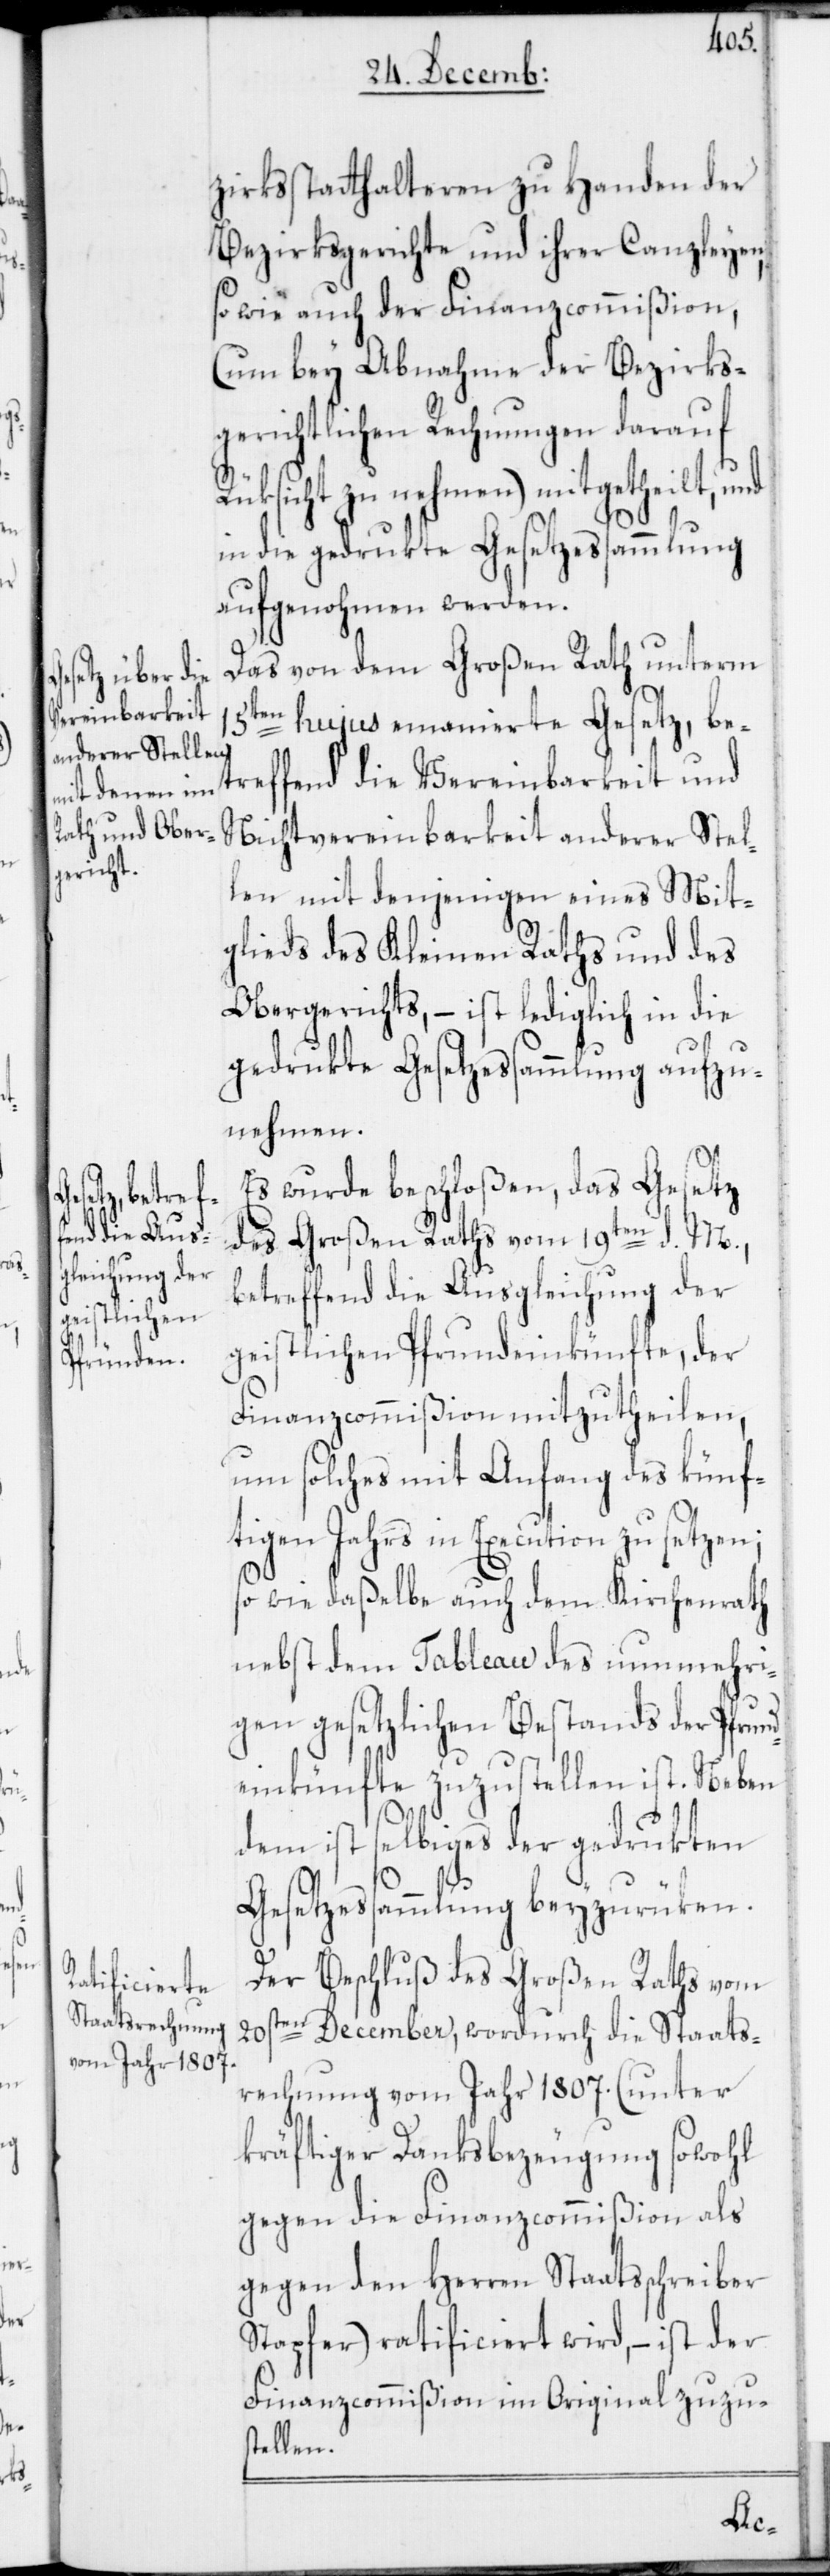
d¬

zirksstatthalteren zu Handen der
Bezirksgerichte und ihrer Canzleyen,
so wie auch der Finanzcommißion,
(um bey Abnahme der Bezirks¬
richtlichen Rechnungen darauf
Rüksicht zu nehmen) mitgetheilt, und
in die gedruckte Gesetzessammlung
aufgenohmen werden.
Das von dem Großen Rath unterm
15ten hujus emanierte Gesetz, be¬
treffend die Vereinbarkeit und
Nichtvereinbarkeit anderer Stel¬
len mit denjenigen eines Mit¬
glieds des Kleinen Raths und des
Obergerichts, – ist lediglich in die
gedrukte Gesetzessammlung aufzu¬
nehmen.
Es wurde beschloßen, das Gesetz
des Großen Raths vom 19ten d. M.,
betreffend die Ausgleichung der
geistlichen Pfrundeinkünfte, der
Finanzcommißion mitzutheilen,
um solches mit Anfang des künf¬
tigen Jahrs in Execution zu setzen;
so wie daßelbe auch dem Kirchenrath
nebst dem Tableau des nunmehri¬
gen gesetzlichen Bestands der Pfrun¬
einkünfte zuzustellen ist. Neben
dem ist selbiges der gedrukten
Gesetzessammlung beyzurüken.
Der Beschluß des Großen Raths vom
20sten December, wordurch die Staats¬
rechnung vom Jahr 1807. (unter
kräftiger Danksbezeugung sowohl
gegen die Finanzcommißion als
gegen den Herren Staatsschreiber
Stapfer) ratificiert wird, – ist der
Finanzcommißion im Original zuzus¬
tellen.